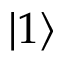
| 1 \rangle